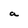
Character: a